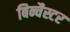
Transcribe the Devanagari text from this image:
बिन्चैस्टर